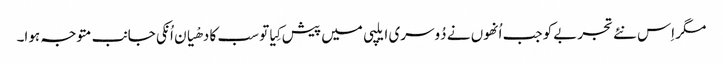
مگر اِس نئے تجربےکو جب اُنھوں نے دُوسری ایلپی میں پیش کِیا تو سب کا دھْیان اُنکی جانب متوجہ ہوا۔